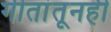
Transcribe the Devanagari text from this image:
गीतांतूनही